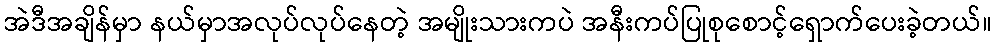
အဲဒီအချိန်မှာ နယ်မှာအလုပ်လုပ်နေတဲ့ အမျိုးသားကပဲ အနီးကပ်ပြုစုစောင့်ရှောက်ပေးခဲ့တယ်။